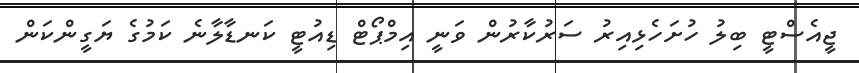
ޖީއެސްޓީ ބިލު ހުށަހެޅިއިރު ސަރުކާރުން ވަނީ އިމްޕޯޓް ޑިއުޓީ ކަނޑާލާނެ ކަމުގެ ޔަގީންކަން